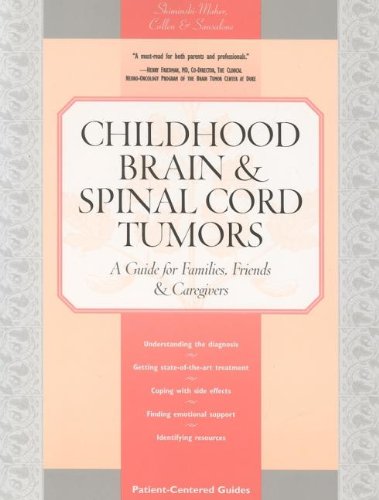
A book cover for Childhood Brain & Spinal Cord Tumors: A Guide for Families, Friends & Caregivers; Tania Shiminski-Maher; Health, Fitness & Dieting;